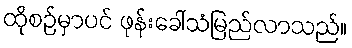
ထိုစဉ်မှာပင် ဖုန်းခေါ်သံမြည်လာသည်။